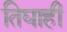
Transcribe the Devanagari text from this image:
तिघाही